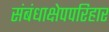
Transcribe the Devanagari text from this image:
संबंधाक्षेपपरिहार